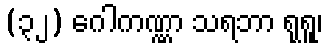
(၃၂) ဂေါကဏ္ဏာ သရဘာ ရုရူ၊